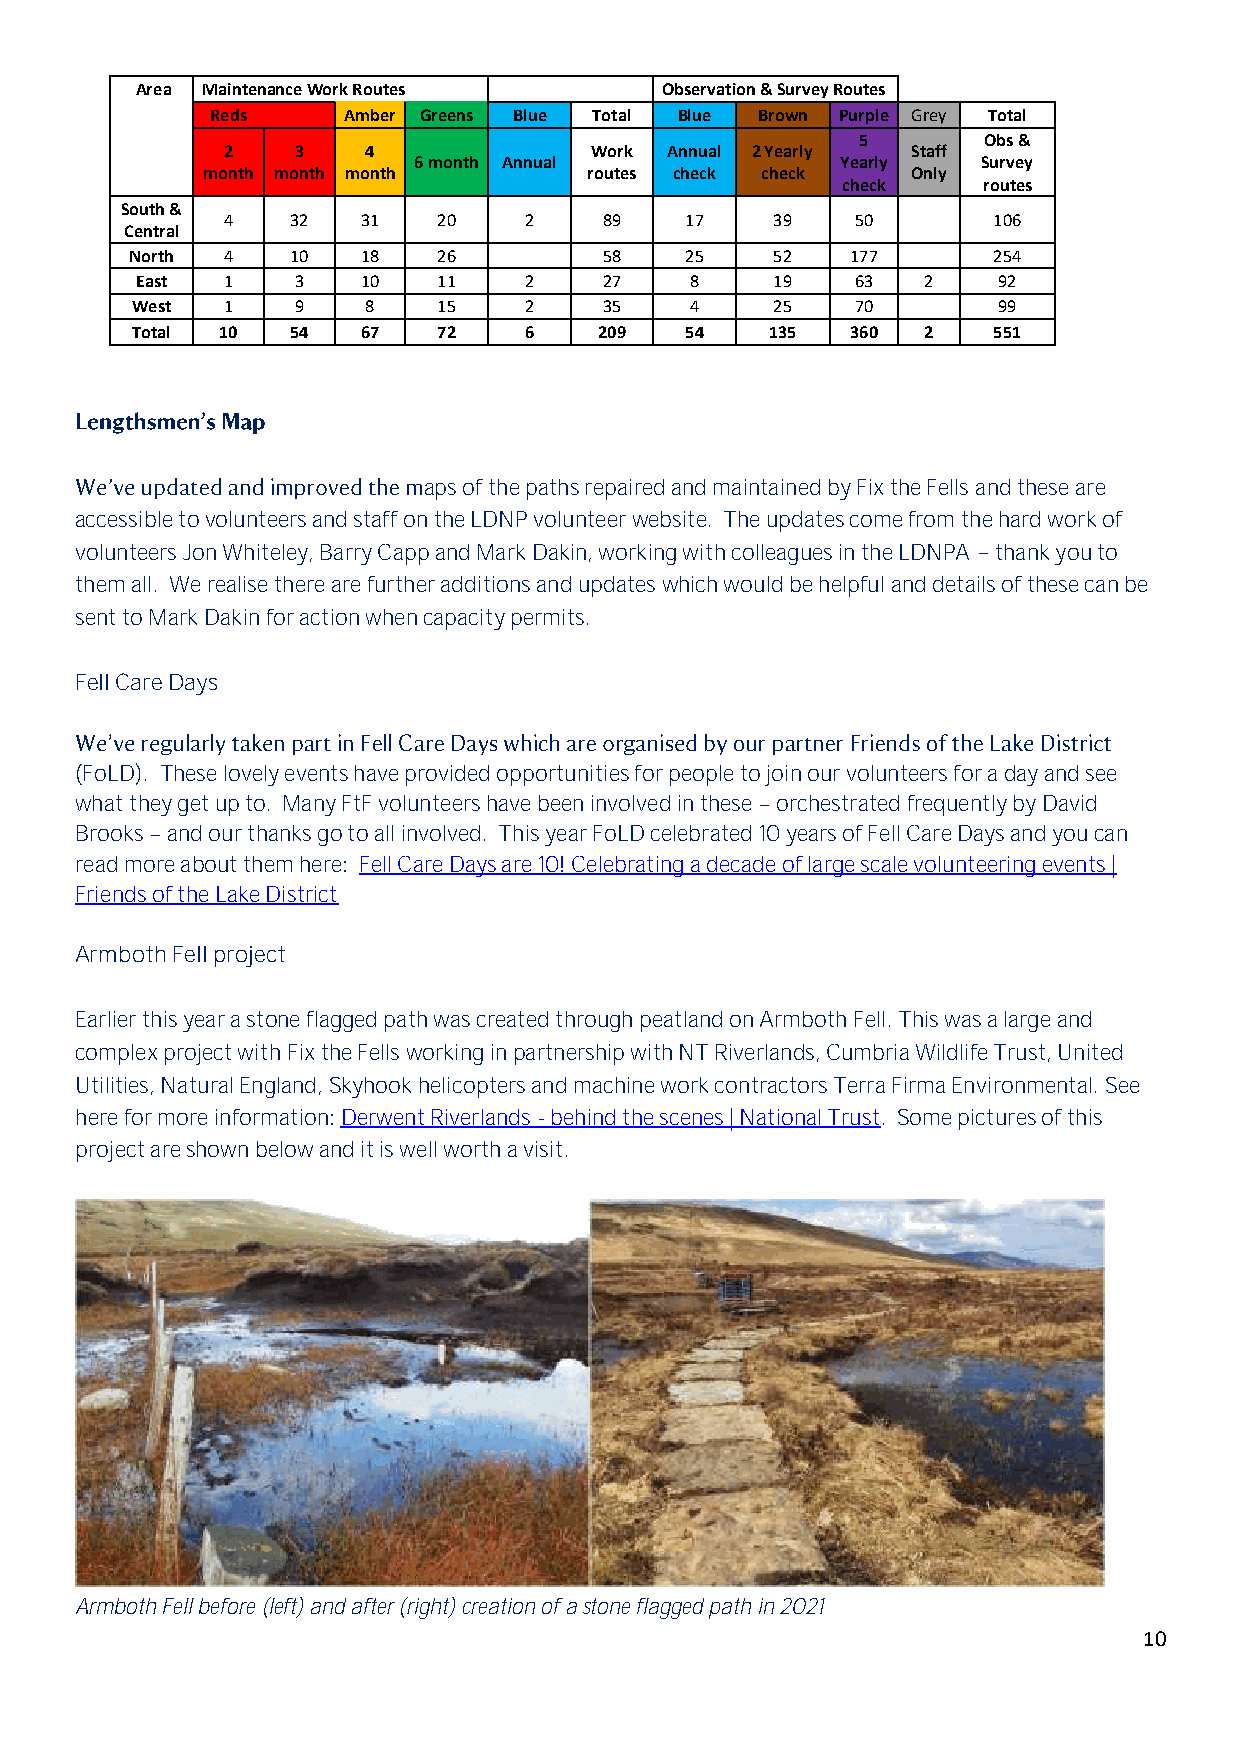
Area Maintenance Work Routes       Observation & Survey Routes
 Reds     Amber Greens Blue Total Blue Brown Purple Grey Total
 5       Obs &
 2   3    4              Work Annual 2 Yearly Staff
 6 month Annual               Yearly   Survey
 month month month         routes check check   Only
 check    routes
 South &
 4   32   31   20    2    89   17    39    50       106
 Central
 North 4   10   18   26         58   25    52   177       254
 East  1   3    10   11    2    27    8    19    63  2    92
 West  1   9    8    15    2    35    4    25    70       99
 Total 10  54   67   72    6    209  54    135  360  2    551
 aps of the paths repaired and maintained by Fix the Fells and these are
 accessible to volunteers and staff on the LDNP volunteer website. The updates come from the hard work of
 volunteers Jon Whiteley, Barry Capp and Mark Dakin, working with colleagues in the LDNPA thank you to
 them all. We realise there are further additions and updates which would be helpful and details of these can be
 sent to Mark Dakin for action when capacity permits.
 Fell Care Days
 (FoLD). These lovely events have provided opportunities for people to join our volunteers for a day and see
 what they get up to. Many FtF volunteers have been involved in these orchestrated frequently by David
 Brooks and our thanks go to all involved. This year FoLD celebrated 10 years of Fell Care Days and you can
 read more about them here: Fell Care Days are 10! Celebrating a decade of large scale volunteering events |
 Friends of the Lake District
 Armboth Fell project
 Earlier this year a stone flagged path was created through peatland on Armboth Fell. This was a large and
 complex project with Fix the Fells working in partnership with NT Riverlands, Cumbria Wildlife Trust, United
 Utilities, Natural England, Skyhook helicopters and machine work contractors Terra Firma Environmental. See
 here for more information: Derwent Riverlands - behind the scenes | National Trust. Some pictures of this
 project are shown below and it is well worth a visit.
 Armboth Fell before (left) and after (right) creation of a stone flagged path in 2021
 10